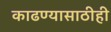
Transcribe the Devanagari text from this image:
काढण्यासाठीही